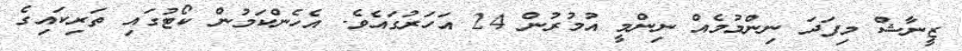
ޒީނާޝް މިފަދަ ނިންމުމެއް ނިންމީ އުމުރުން 24 އަހަރުގައެވެ. އެހެންކަމުން ކޯޓުގައި ތަރިކައިގެ